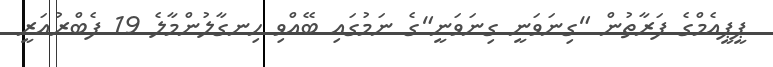
ޕީޕީއެމްގެ ފަރާތުން "ގިނަވަނީ ގިނަވަނީ"ގެ ނަމުގައި ބޭއްވި ހިނގާލުންމާލެ 19 ފެބްރުއަރީ